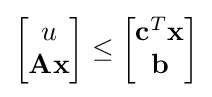
{\begin{bmatrix}u\\\mathbf {A} \mathbf {x} \\\end{bmatrix}}\leq {\begin{bmatrix}\mathbf {c} ^{T}\mathbf {x} \\\mathbf {b} \\\end{bmatrix}}